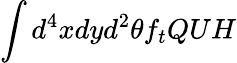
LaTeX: \int d^{4}xdyd^{2}\theta f_{t}QUH